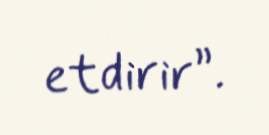
etdirir”.